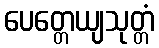
ပေတ္တေယျသုတ္တံ